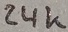
Text: 24K